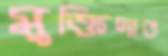
মুক্তিদাত